Indian journal of veterinary science and animal husbandry - Volumes 15-17, 1948-1951
Year: 1948
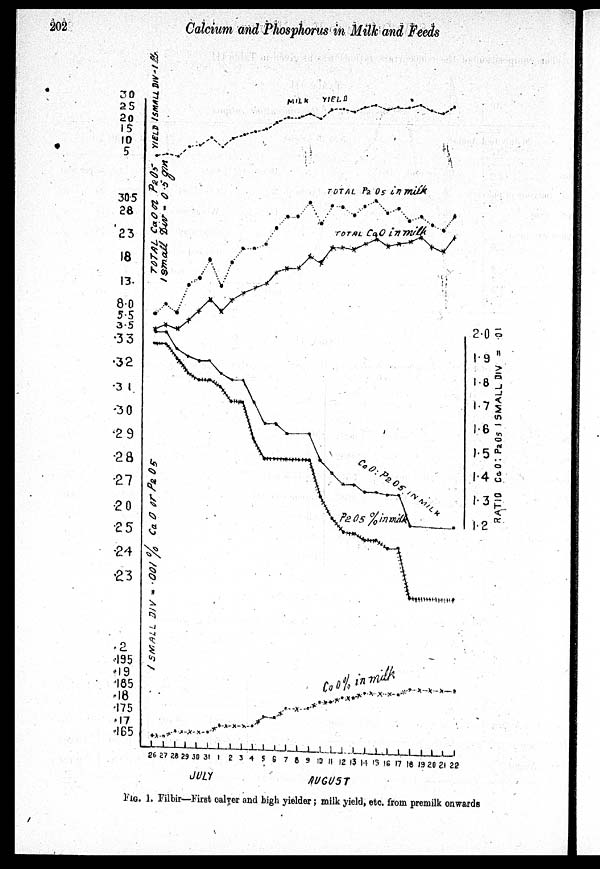
202
Calcium and Phosphorus in Milk and Feeds
FIG. 1. Filbir—First calver and high yielder ; milk yield, etc. from premilk onwards